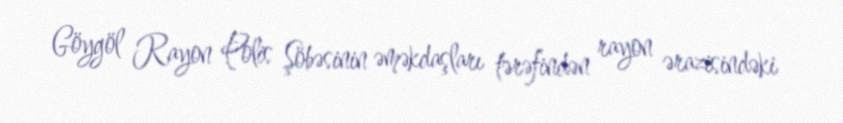
Göygöl Rayon Polis Şöbəsinin əməkdaşları tərəfindən rayon ərazisindəki